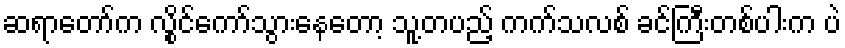
ဆရာတော်က လွိုင်ကော်သွားနေတော့ သူ့တပည့် ကက်သလစ် ခင်ကြီးတစ်ပါးက ပဲ